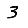
Digit: 3